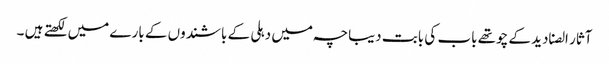
آثار الصنادید کے چوتھے باب کی بابت دیباچہ میں دہلی کے باشندوں کے بارے میں لکھتے ہیں ۔